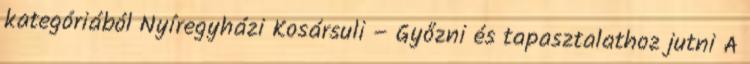
kategóriából Nyíregyházi Kosársuli – Győzni és tapasztalathoz jutni A